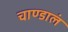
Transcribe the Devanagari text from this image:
चाण्डालं